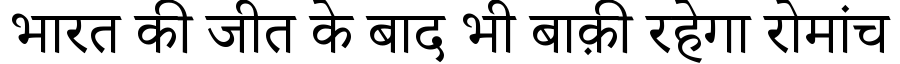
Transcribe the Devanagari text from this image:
भारत की जीत के बाद भी बाक़ी रहेगा रोमांच